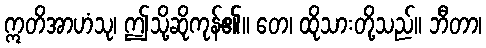
ဣတိအာဟံသု၊ ဤသို့ဆိုကုန်၏။ တေ၊ ထိုသားတို့သည်။ ဘီတာ၊